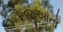
રજૂઆતો